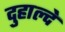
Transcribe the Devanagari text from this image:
दुहाल्दे